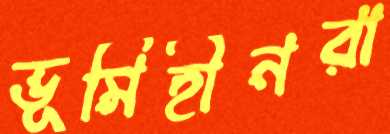
ভূমিহীনরা